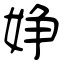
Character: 婙